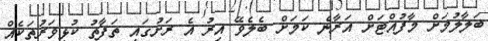
ބަލާލުމަށް މާފުއްޓަށް އަރާނެ ކަމަށް ބެލެވޭ އިރު އެ ރަށުގައި ތަފާތު ކުޅިވަރުތަކެއް